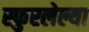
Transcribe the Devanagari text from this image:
स्फुरलेल्या